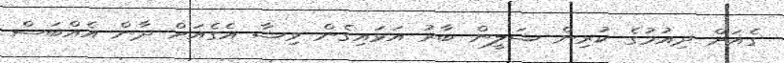
ގެއަށް ދިއުމުގެ ކުރިން ޝަލީން ބާރު އަޅައިގެން ވިޝާ އެގެއަށް ދާން އެއްބަސް